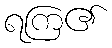
ရကြ၏